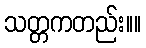
သတ္တကတည်း။။